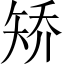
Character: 矫